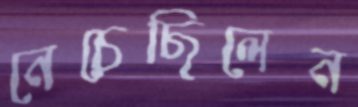
নেচেছিলেন